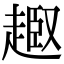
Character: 𧼒